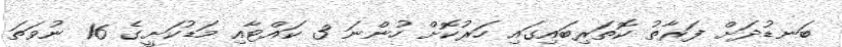
ބަނޑުދަށް ފަރާތު ކޮތަރިބައިގައި ހަރުކޮށް ހުންނަ 3 ކައްޓާއި މަޑުކަށީގެ 16 ނުވަތަ